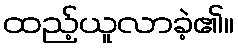
ထည့်ယူလာခဲ့၏။